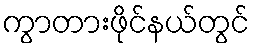
ကွာတားဖိုင်နယ်တွင်